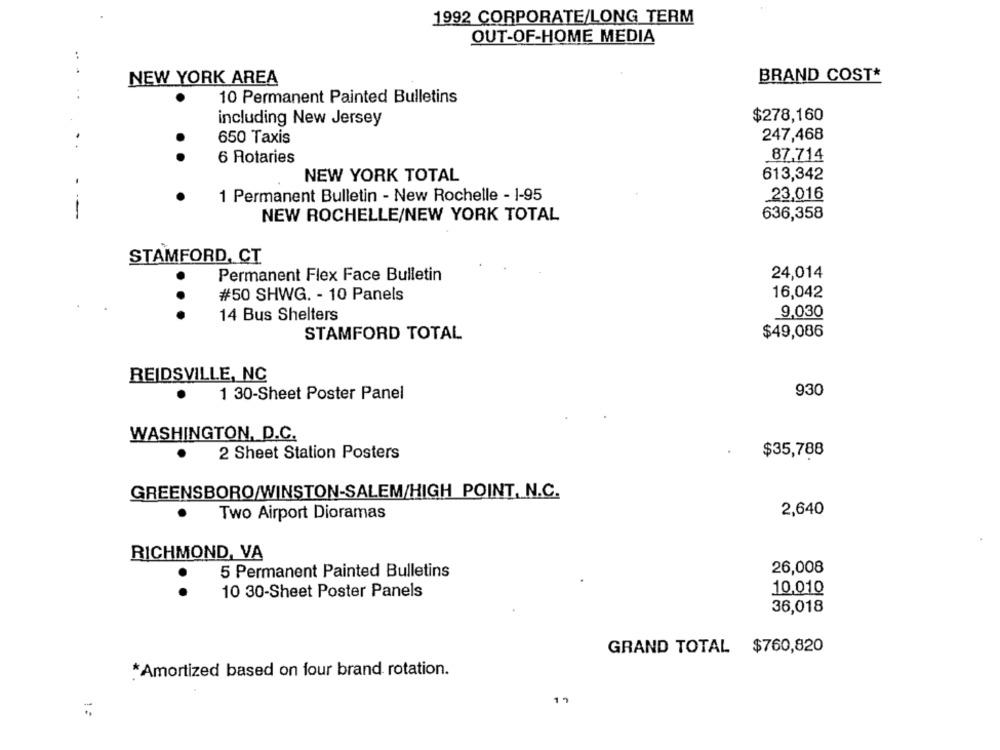
1992 CORPORATE/LONG TERM
OUT-OF-HOME MEDIA
NEW YORK AREA
BRAND COST*
..
10 Permanent Painted Bulletins
including New Jersey
$278,160
247,468
650 Taxis
87.714
6 Rotaries
NEW YORK TOTAL
613,342
1 Permanent Bulletin - New Rochelle - 1-95
23,016
--
NEW ROCHELLE/NEW YORK TOTAL
636,358
STAMFORD, CT
Permanent Flex Face Bulletin
24,014
#50 SHWG. - 10 Panels
16,042
9,030
...
14 Bus Shelters
STAMFORD TOTAL
$49,086
REIDSVILLE, NC
1 30-Sheet Poster Panel
930
WASHINGTON, D.C.
2 Sheet Station Posters
$35,788
GREENSBORO/WINSTON-SALEM/HIGH POINT, N.C.
Two Airport Dioramas
2,640
RICHMOND, VA
26,008
5 Permanent Painted Bulletins
. .
10 30-Sheet Poster Panels
10,010
36,018
GRAND TOTAL $760,820
*Amortized based on four brand rotation.
1 "
1: